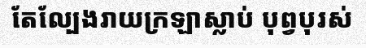
តែល្បែងរាយក្រឡាស្លាប់ បុព្វបុរស់